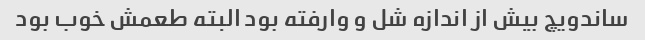
ساندویچ بیش از اندازه شل و وارفته بود البته طعمش خوب بود